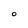
Character: O